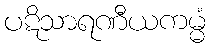
ပဋိသာရဏီယကမ္မံ